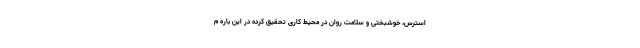
استرس، خوشبختی و سلامت روان در محیط کاری تحقیق کرده در این باره م